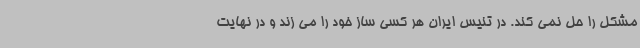
مشکل را حل نمی کند. در تنیس ایران هر کسی ساز خود را می زند و در نهایت